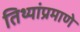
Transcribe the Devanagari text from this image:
तिथ्यांप्रमाणे